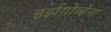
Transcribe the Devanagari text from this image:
हर्झगोव्हेना